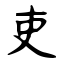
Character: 吏